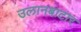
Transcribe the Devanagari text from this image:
उलानबाटार